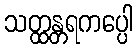
သတ္ထန္တရကပ္ပေါ